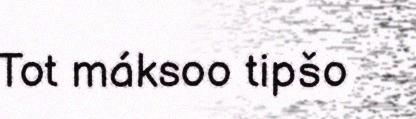
Tot máksoo tipšo